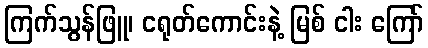
ကြက်သွန်ဖြူ၊ ငရုတ်ကောင်းနဲ့ မြစ် ငါး ကြော်